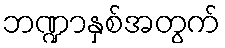
ဘဏ္ဍာနှစ်အတွက်